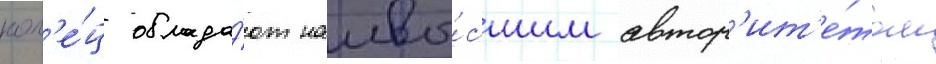
кол'е́ц облада́ют наивы́сшим автор'ит'е́том